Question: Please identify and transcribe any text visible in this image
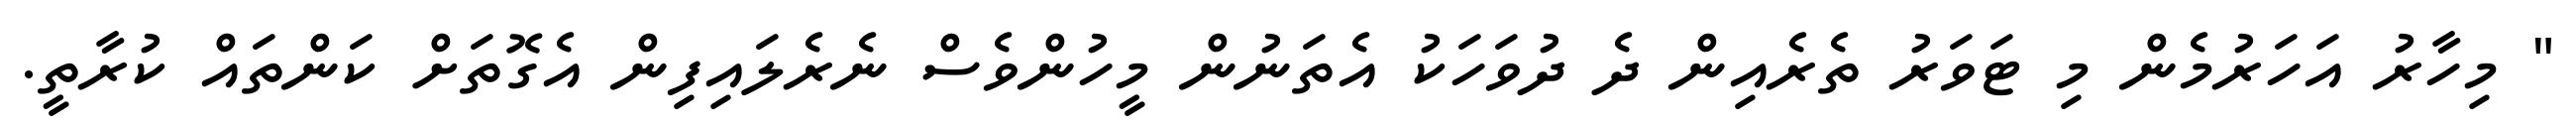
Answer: " މިހާރު އަހަރުމެން މި ޓަވަރު ތެރެއިން ދެ ދުވަހަކު އެތަނުން މީހުންވެސް ނެރެލައިފިން އެގޮތަށް ކަންތައް ކުރާތީ.